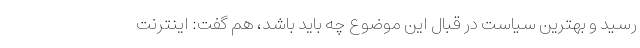
رسید و بهترین سیاست در قبال این موضوع چه باید باشد، هم گفت: اینترنت